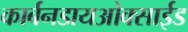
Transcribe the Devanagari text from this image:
कार्बनडायओक्साईड